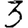
Digit: 3